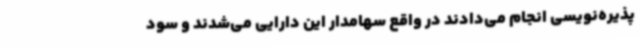
پذیره‌نویسی انجام می‌دادند در واقع سهامدار این دارایی می‌شدند و سود